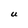
Character: U